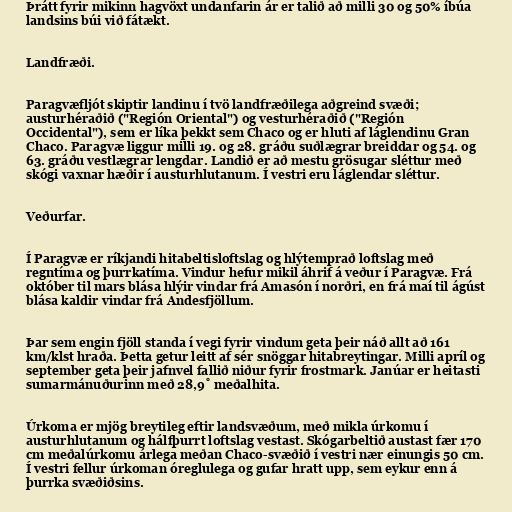
Þrátt fyrir mikinn hagvöxt undanfarin ár er talið að milli 30 og 50% íbúa
landsins búi við fátækt.

Landfræði.

Paragvæfljót skiptir landinu í tvö landfræðilega aðgreind svæði;
austurhéraðið ("Región Oriental") og vesturhéraðið ("Región
Occidental"), sem er líka þekkt sem Chaco og er hluti af láglendinu Gran
Chaco. Paragvæ liggur milli 19. og 28. gráðu suðlægrar breiddar og 54. og
63. gráðu vestlægrar lengdar. Landið er að mestu grösugar sléttur með
skógi vaxnar hæðir í austurhlutanum. Í vestri eru láglendar sléttur.

Veðurfar.

Í Paragvæ er ríkjandi hitabeltisloftslag og hlýtemprað loftslag með
regntíma og þurrkatíma. Vindur hefur mikil áhrif á veður í Paragvæ. Frá
október til mars blása hlýir vindar frá Amasón í norðri, en frá maí til ágúst
blása kaldir vindar frá Andesfjöllum.

Þar sem engin fjöll standa í vegi fyrir vindum geta þeir náð allt að 161
km/klst hraða. Þetta getur leitt af sér snöggar hitabreytingar. Milli apríl og
september geta þeir jafnvel fallið niður fyrir frostmark. Janúar er heitasti
sumarmánuðurinn með 28,9˚ meðalhita.

Úrkoma er mjög breytileg eftir landsvæðum, með mikla úrkomu í
austurhlutanum og hálfþurrt loftslag vestast. Skógarbeltið austast fær 170
cm meðalúrkomu árlega meðan Chaco-svæðið í vestri nær einungis 50 cm.
Í vestri fellur úrkoman óreglulega og gufar hratt upp, sem eykur enn á
þurrka svæðiðsins.